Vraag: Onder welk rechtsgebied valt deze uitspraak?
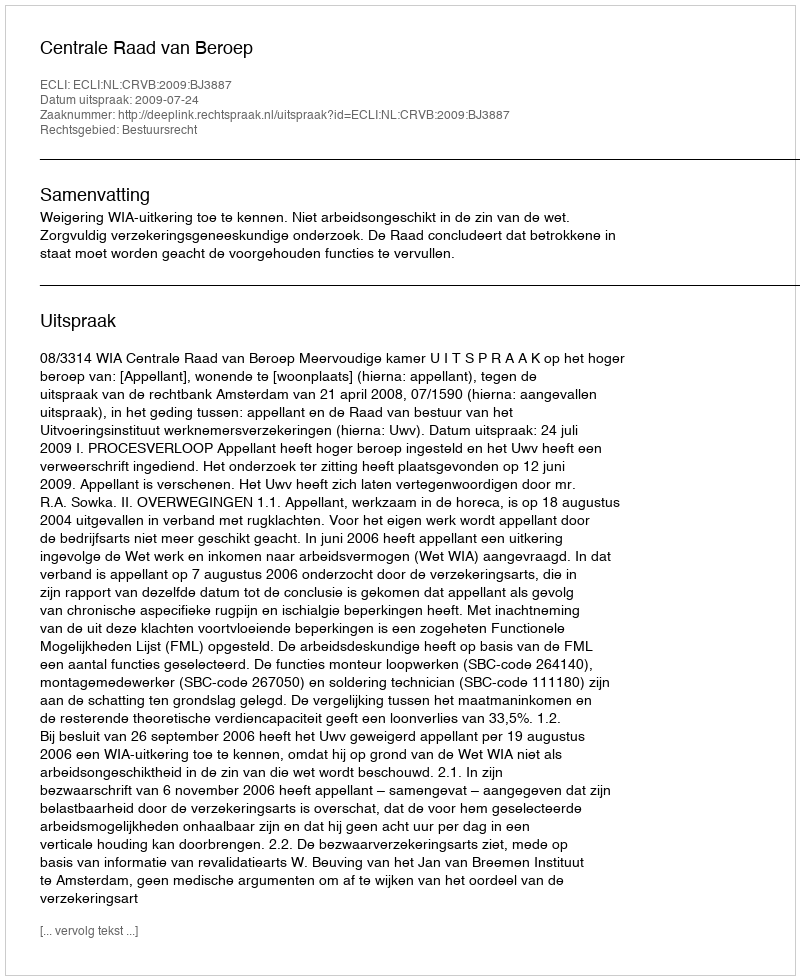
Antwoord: Bestuursrecht